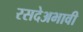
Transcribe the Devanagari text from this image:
रसदेअभावी